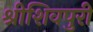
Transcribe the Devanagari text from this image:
श्रीशिवपुरी